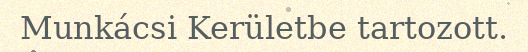
Munkácsi Kerületbe tartozott.